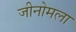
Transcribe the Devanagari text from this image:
जीनोमला